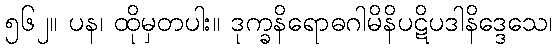
၅၆၂။ ပန၊ ထိုမှတပါး။ ဒုက္ခနိရောဓဂါမိနိပဋိပဒါနိဒ္ဒေသေ၊